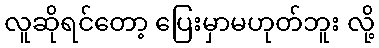
လူဆိုရင်တော့ ပြေးမှာမဟုတ်ဘူး လို့